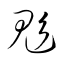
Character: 鬽